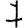
Digit: 7